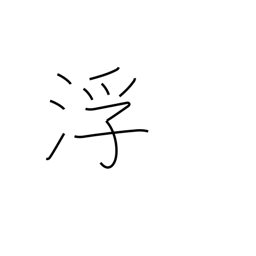
Meaning: rise to surface